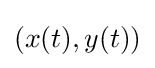
(x(t),y(t))